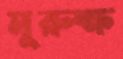
মুরুক্ষ